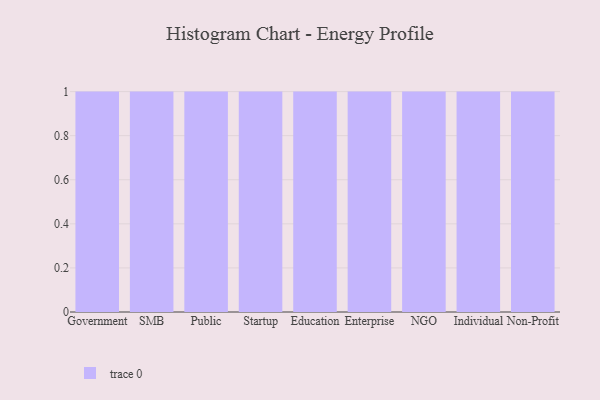
{"axis": {"x": "Segment", "y": "LTV (USD)"}, "legend": [""], "data": [{"x": "Government", "y": 60, "type": ""}, {"x": "SMB", "y": 38, "type": ""}, {"x": "Public", "y": 51, "type": ""}, {"x": "Startup", "y": 15, "type": ""}, {"x": "Education", "y": 76, "type": ""}, {"x": "Enterprise", "y": 29, "type": ""}, {"x": "NGO", "y": 25, "type": ""}, {"x": "Individual", "y": 45, "type": ""}, {"x": "Non-Profit", "y": 10, "type": ""}]}